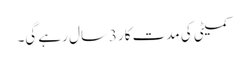
کمیٹی کی مدت کار3سال رہے گی۔